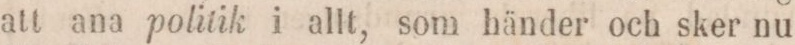
att ana politik i allt, som händer och sker nu